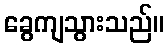
ခွေကျသွားသည်။